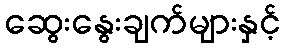
ဆွေးနွေးချက်များနှင့်